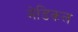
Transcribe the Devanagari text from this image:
मेडिकल